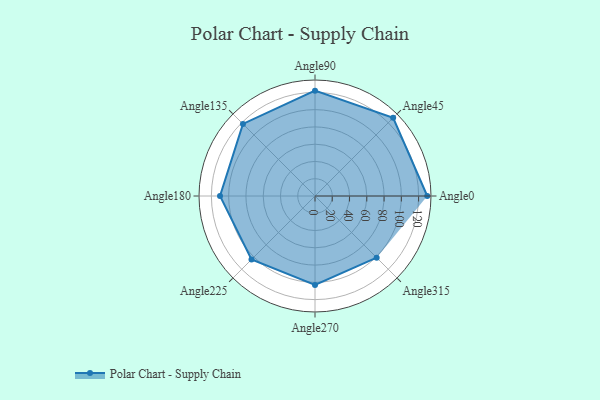
{"axis": {"x": "Angle", "y": "Radius"}, "legend": [""], "data": [{"x": "Angle0", "y": 130.0, "type": ""}, {"x": "Angle45", "y": 128.0, "type": ""}, {"x": "Angle90", "y": 122.0, "type": ""}, {"x": "Angle135", "y": 118.0, "type": ""}, {"x": "Angle180", "y": 110.0, "type": ""}, {"x": "Angle225", "y": 104.0, "type": ""}, {"x": "Angle270", "y": 103.0, "type": ""}, {"x": "Angle315", "y": 101.0, "type": ""}]}